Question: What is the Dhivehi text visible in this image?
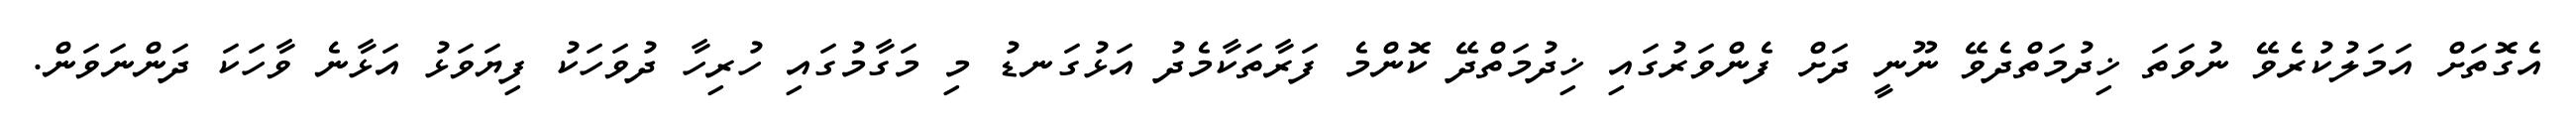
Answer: އެގޮތަށް އަމަލުކުރެވޭ ނުވަތަ ޚިދުމަތްދެވޭ ނޫނީ ދަށް ފެންވަރުގައި ޚިދުމަތްދޭ ކޮންމެ ފަރާތަކާމެދު އަޅުގަނޑު މި މަގާމުގައި ހުރިހާ ދުވަހަކު ފިޔަވަޅު އަޅާނެ ވާހަކަ ދަންނަވަން.